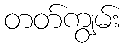
တတ်ကျွမ်း